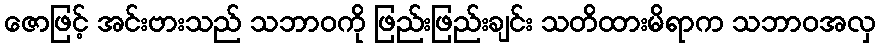
ဇောဖြင့် အင်းဗားသည် သဘာဝကို ဖြည်းဖြည်းချင်း သတိထားမိရာက သဘာဝအလှ